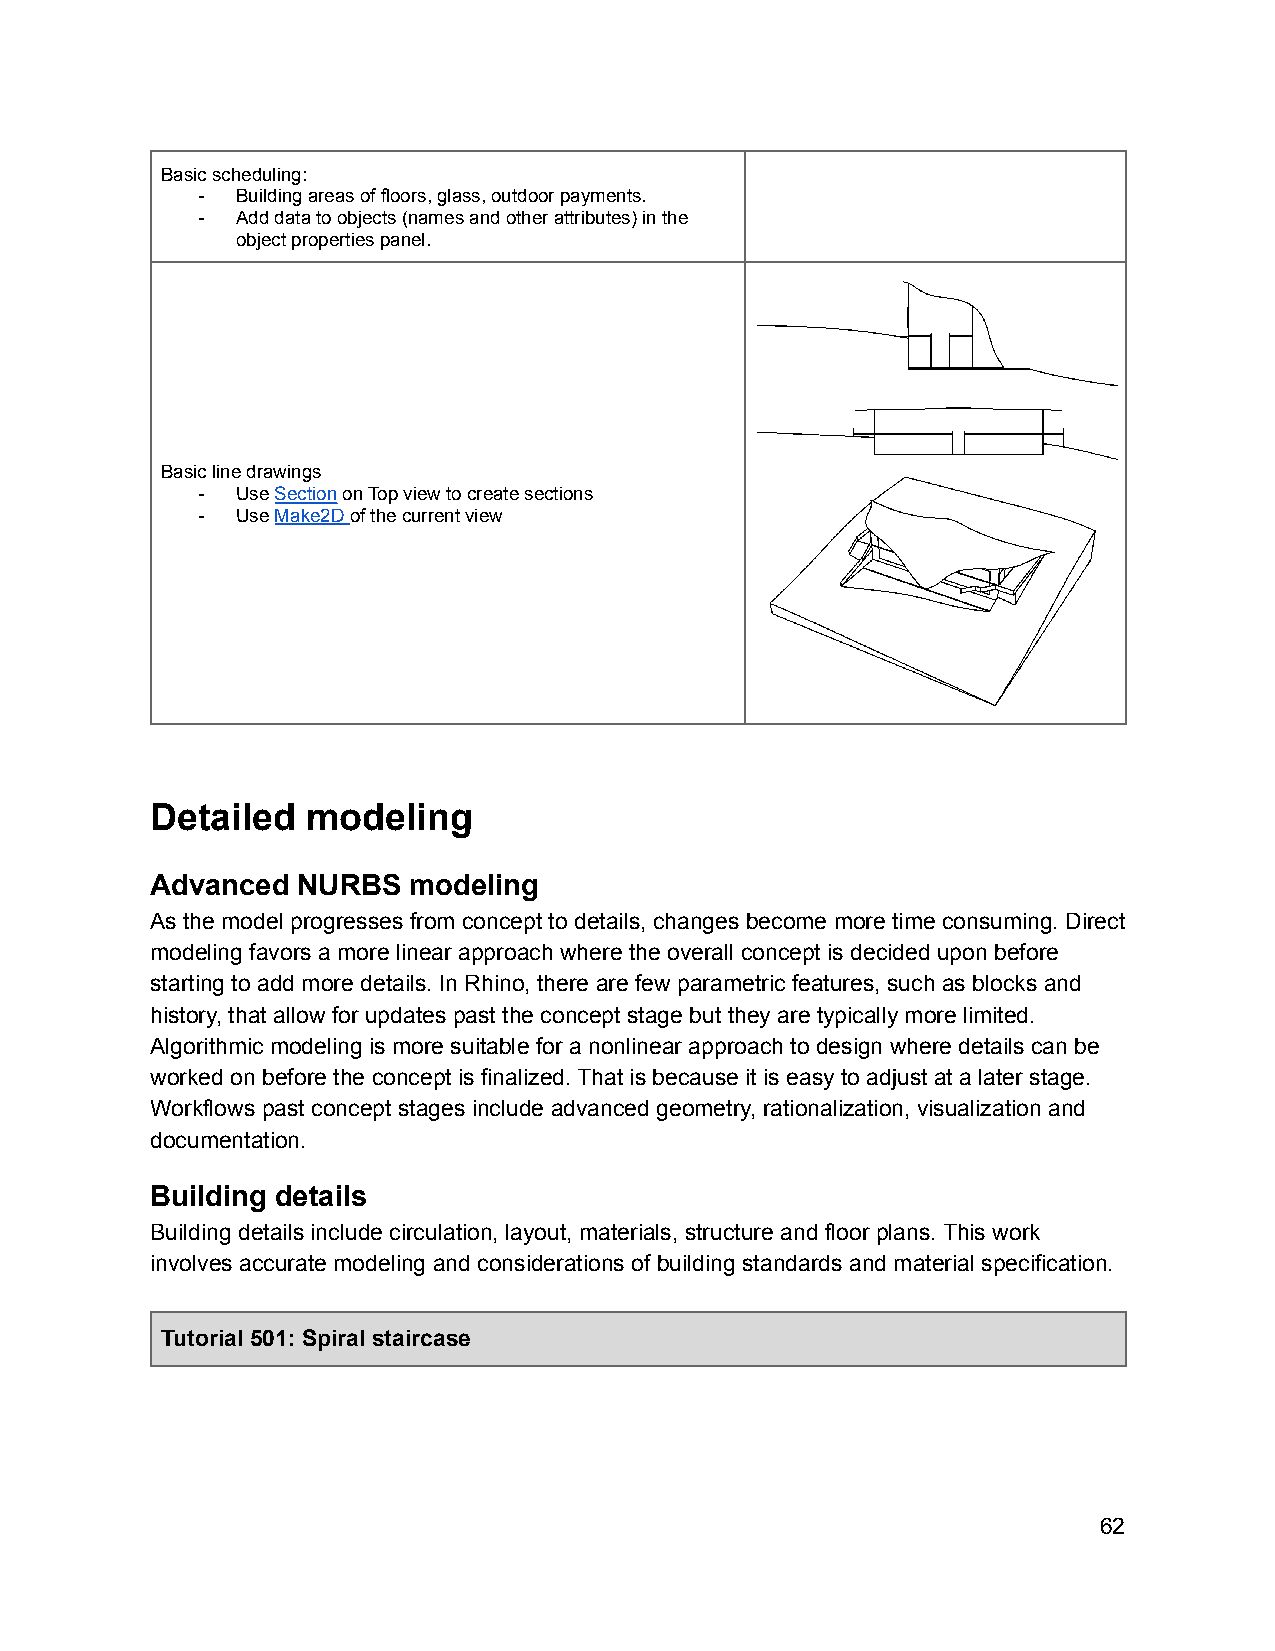
Basic scheduling:
 -  Building areas of floors, glass, outdoor payments.
 -  Add data to objects (names and other attributes) in the
 object properties panel.
 Basic line drawings
 -  UseSectionon Top view to create sections
 -  UseMake2Dof the current view
 Detailed  modeling
 Advanced  NURBS  modeling
 As the model progresses from concept to details, changes become more time consuming. Direct
 modeling favors a more linear approach where the overall concept is decided upon before
 starting to add more details. In Rhino, there are few parametric features, such as blocks and
 history, that allow for updates past the concept stage but they are typically more limited.
 Algorithmic modeling is more suitable for a nonlinear approach to design where details can be
 worked on before the concept is finalized. That is because it is easy to adjust at a later stage.
 Workflows past concept stages include advanced geometry, rationalization, visualization and
 documentation.
 Building details
 Building details include circulation, layout, materials, structure and floor plans. This work
 involves accurate modeling and considerations of building standards and material specification.
 Tutorial 501: Spiral staircase
 62